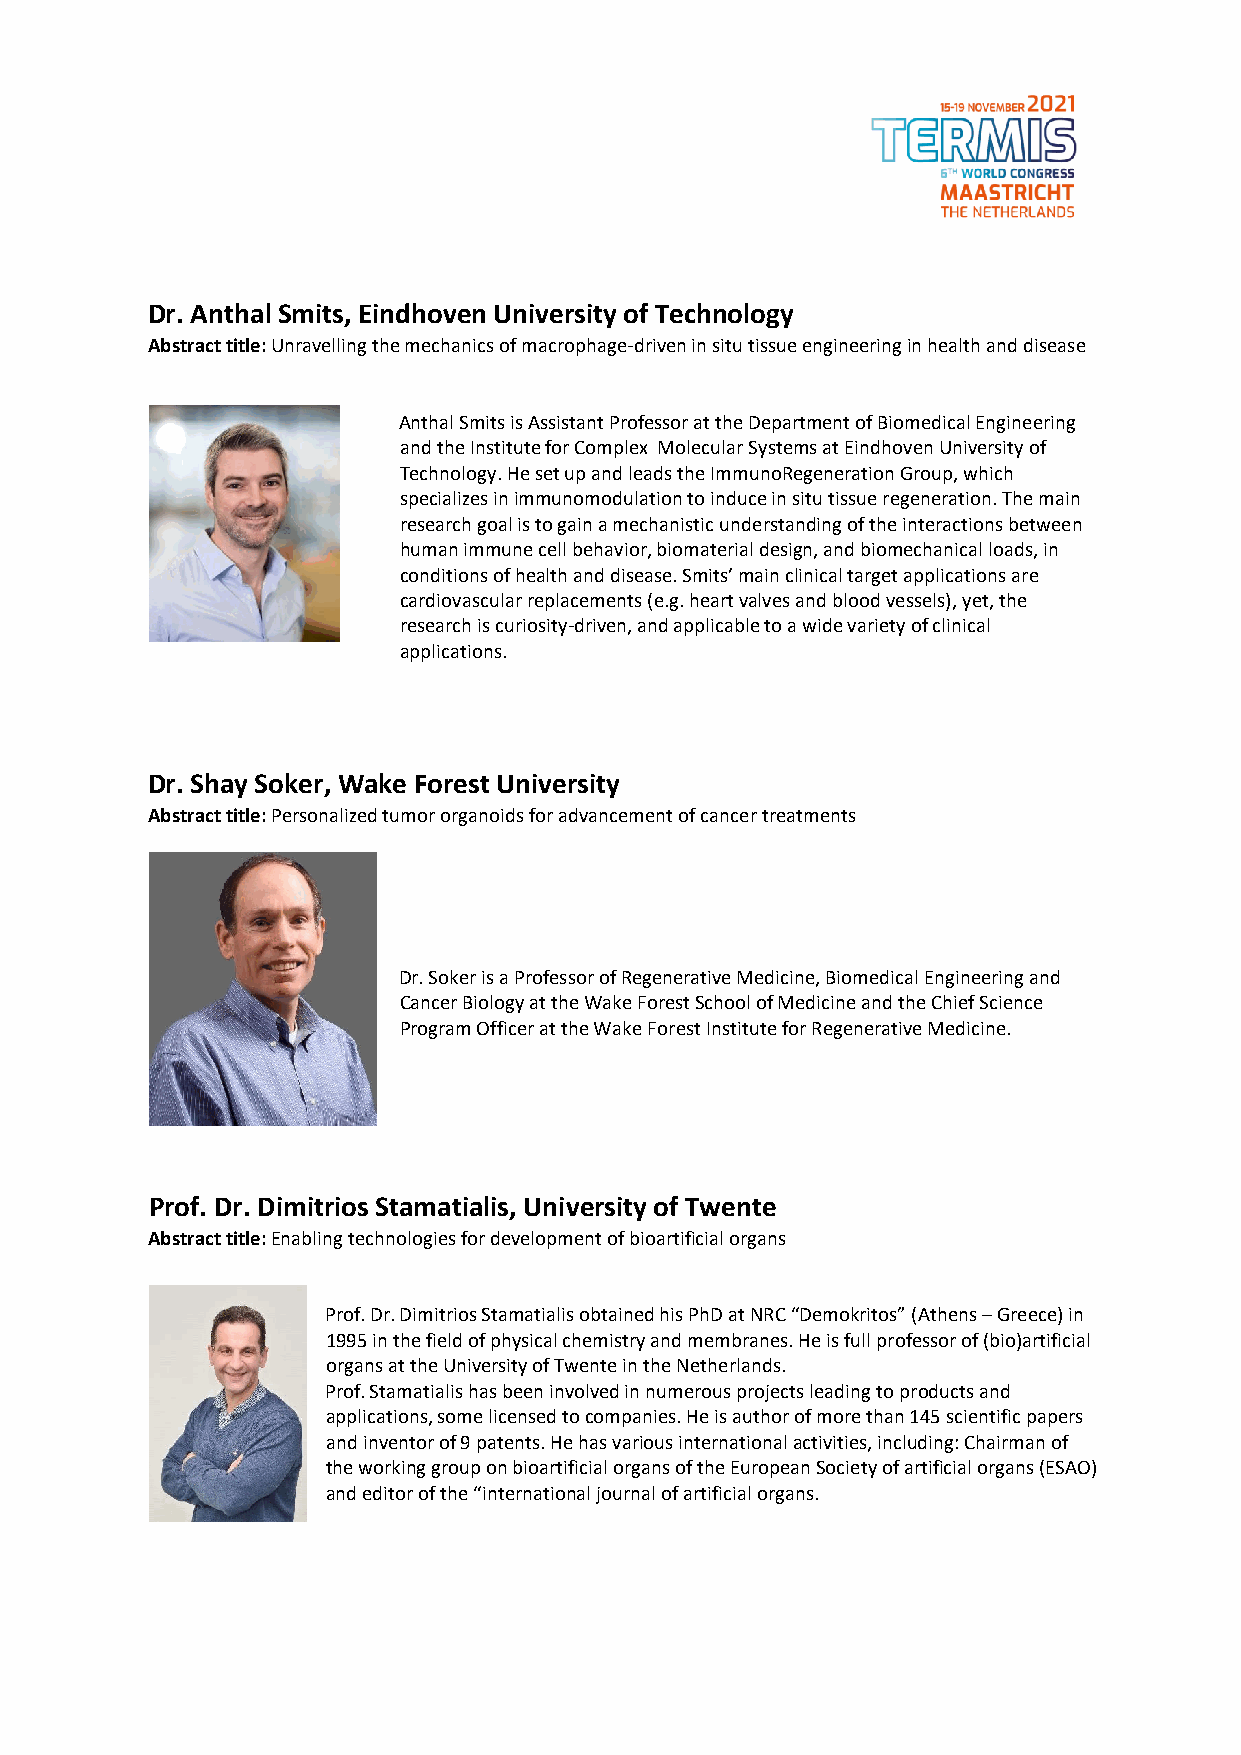
Dr. Anthal Smits, Eindhoven University of Technology
 Abstract title: Unravelling the mechanics of macrophage-driven in situ tissue engineering in health and disease
 Anthal Smits is Assistant Professor at the Department of Biomedical Engineering
 and the Institute for Complex Molecular Systems at Eindhoven University of
 Technology. He set up and leads the ImmunoRegeneration Group, which
 specializes in immunomodulation to induce in situ tissue regeneration. The main
 research goal is to gain a mechanistic understanding of the interactions between
 human immune cell behavior, biomaterial design, and biomechanical loads, in
 conditions of health and disease. Smits’ main clinical target applications are
 cardiovascular replacements (e.g. heart valves and blood vessels), yet, the
 research is curiosity-driven, and applicable to a wide variety of clinical
 applications.
 Dr. Shay Soker, Wake Forest University
 Abstract title: Personalized tumor organoids for advancement of cancer treatments
 Dr. Soker is a Professor of Regenerative Medicine, Biomedical Engineering and
 Cancer Biology at the Wake Forest School of Medicine and the Chief Science
 Program Officer at the Wake Forest Institute for Regenerative Medicine.
 Prof. Dr. Dimitrios Stamatialis, University of Twente
 Abstract title: Enabling technologies for development of bioartificial organs
 Prof. Dr. Dimitrios Stamatialis obtained his PhD at NRC “Demokritos” (Athens – Greece) in
 1995 in the field of physical chemistry and membranes. He is full professor of (bio)artificial
 organs at the University of Twente in the Netherlands.
 Prof. Stamatialis has been involved in numerous projects leading to products and
 applications, some licensed to companies. He is author of more than 145 scientific papers
 and inventor of 9 patents. He has various international activities, including: Chairman of
 the working group on bioartificial organs of the European Society of artificial organs (ESAO)
 and editor of the “international journal of artificial organs.